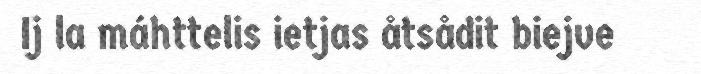
Ij la máhttelis ietjas åtsådit biejve